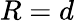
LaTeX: R=d